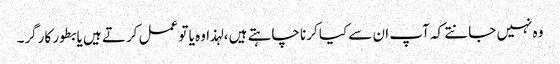
وہ نہیں جانتے کہ آپ ان سے کیا کرنا چاہتے ہیں ، لہذا وہ یا تو عمل کرتے ہیں یا بطور کارگر۔